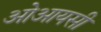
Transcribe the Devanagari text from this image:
ओआयसी